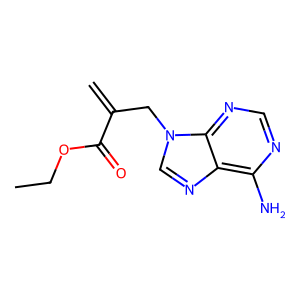
SMILES: C=C(Cn1cnc2c(N)ncnc21)C(=O)OCC
Inhibits HIV replication: No